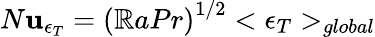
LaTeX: N\mathbf{u}_{\epsilon_{T}}={(\mathbb{R}aPr)}^{1/2}<\epsilon_{T}>_{global}